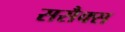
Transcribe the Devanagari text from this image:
ससैक्स